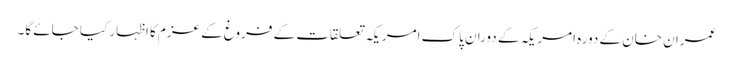
عمران خان کے دورہ امریکہ کے دوران پاک امریکہ تعلقات کے فروغ کے عزم کا اظہار کیا جائے گا۔